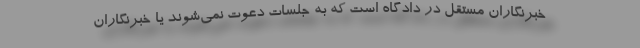
خبرنگاران مستقل در دادگاه است که به جلسات دعوت نمی‌شوند یا خبرنگاران